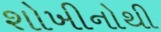
શોખીનોથી